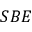
S B E